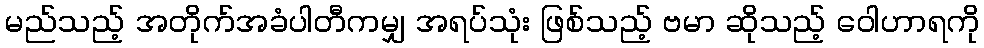
မည်သည့် အတိုက်အခံပါတီကမျှ အရပ်သုံး ဖြစ်သည့် ဗမာ ဆိုသည့် ဝေါဟာရကို